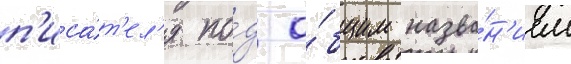
п'иса́т'ел'я по́д о́бщим назва́н'ием